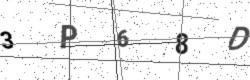
Text: 3P68D